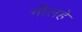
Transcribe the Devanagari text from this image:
नीलहे